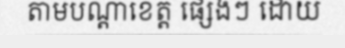
តាមបណ្តាខេត្ត ផ្សេងៗ ដោយ